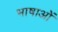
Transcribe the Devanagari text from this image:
भाषाओें